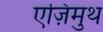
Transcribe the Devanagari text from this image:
एज़िमुथ